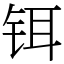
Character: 铒